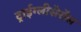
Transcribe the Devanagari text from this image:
ट्राईग्लीसेरॉल